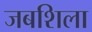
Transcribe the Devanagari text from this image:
जबशिला